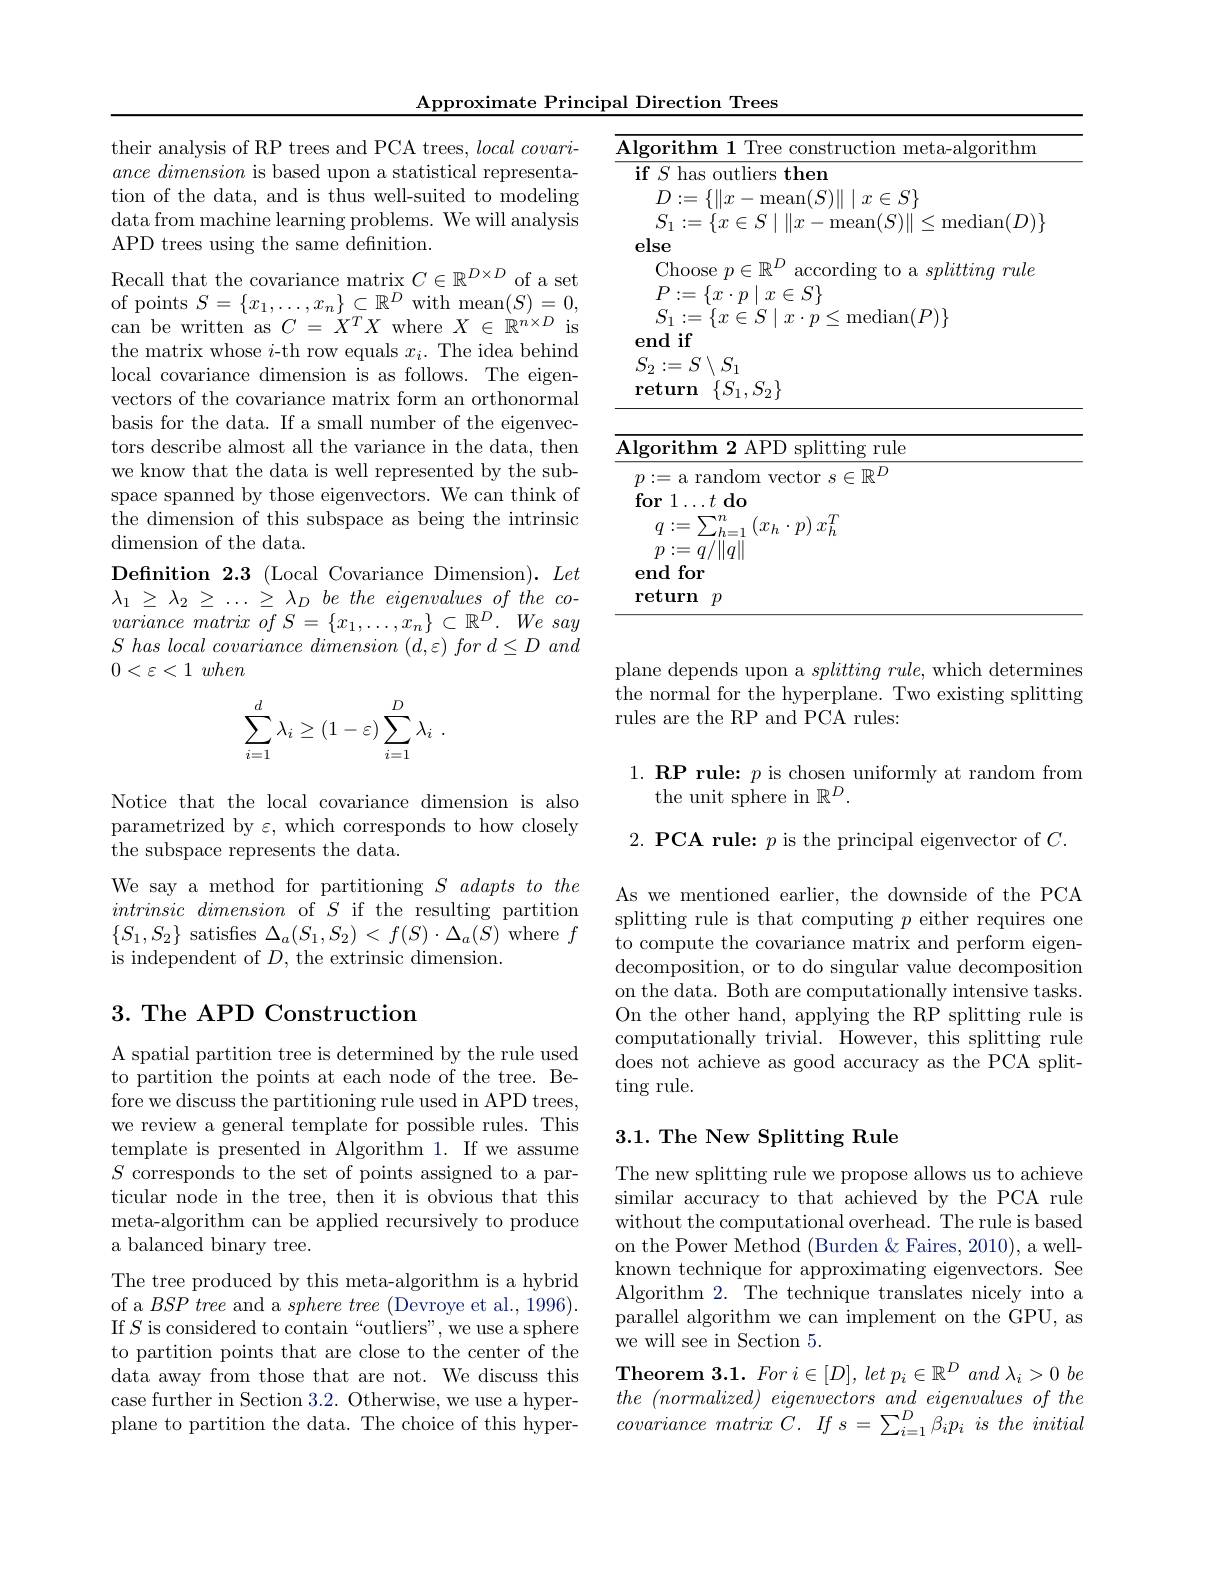
Approximate Principal Direction Trees

their analysis of RP trees and PCA trees, $local\textit{covari- bres and PCA trees, local covari- bres }$ $ance\textit{ dimension is based upon a statistical representa- }$ tion of the data, and is thus well-suited to modeling ${\text{data from machine learning problems. We will analysis}}$ APD trees using the same definition.

Recall that the covariance matrix $C\in\mathbb{R}^D\times D$ of a set of points $S=\{x_1,\ldots,x_n\}\subset\mathbb{R}^D$ with mean$(S)=0$, can be written as $C=\dot{X}^TX$ where $X\in\mathbb{R}^n\times D$ is the matrix whose $i$-th row equals $x_i.$ The idea behind local covariance dimension is as follows. The eigenvectors of the covariance matrix form an orthonormal basis for the data. If a small number of the eigenvectors describe almost all the variance in the data, then we know that the data is well represented by the subspace spanned by those eigenvectors. We can think of the dimension of this subspace as being the intrinsic dimension of the data.
$\textbf{Definition 2. 3 ( Local Covariance Dimension) . }Let$ $\lambda_1\geq\lambda_2\geq\ldots\geq\lambda_Dbetheeigenvaluesoftheco-$ variance matrix $of$ $S$ = $\{ x_{1}, \ldots , x_{n}\}$ $\subset \mathbb{R} ^{D}.$ $We$ say $S\textit{ has local covariance dimension }( d, \varepsilon ) \textit{for d D and}$ $0< \varepsilon < 1$ when
$$\displaystyle\sum_{i=1}^d\lambda_i\ge(1-\varepsilon)\sum_{i=1}^D\lambda_i\:.$$
Notice that the local covariance dimension is also parametrized by $\varepsilon$, which corresponds to how closely the subspace represents the data.
We say a method for partitioning $S\textit{adapts to the}$ $intrinsic\textit{dimension of }S$ if the resulting partition $\{S_{1},S_{2}\}$ satisfies $\Delta_a(S_{1},S_{2})<f(S)\cdot\Delta_{a}(S)$ where $f$ is independent of $D$, the extrinsic dimension.

## 3. The APD Construction

A spatial partition tree is determined by the rule used to partition the points at each node of the tree. Before we discuss the partitioning rule used in APD trees, we review a general template for possible rules. This template is presented in Algorithm 1. If we assume $S$ corresponds to the set of points assigned to a particular node in the tree, then it is obvious that this meta-algorithm can be applied recursively to produce a balanced binary tree.

The tree produced by this meta-algorithm is a hybrid of a $BSP\textit{tree and a }sphere\textit{tree ( Devroye et al. , 1996) . }$ If $S$ is considered to contain“outliers”, we use a sphere to partition points that are close to the center of the data away from those that are not. We discuss this case further in Section 3.2. Otherwise, we use a hyperplane to partition the data. The choice of this hyper-

<table>
	<tbody>
		<tr>
			<td>$\overline{\mathbf{A}}$ $Al$ 1 1 1 1 1</td>
			<td>Algorithm 1 Tree construction r T</td>
			<td>uction meta- algorithm</td>
		</tr>
	</tbody>
</table>

<table>
	<tbody>
		<tr>
			<td>$\mathbf{A}$ 1 </td>
			<td>$\textbf{Algorithm 2 APD splitting rule}$</td>
			<td>APD splitting rule</td>
		</tr>
		<tr>
			<td> </td>
			<td>$p:=$a random vector $s\in\mathbb{R}^D$</td>
			<td>m vector $s\in\mathbb{R}^D$</td>
		</tr>
		<tr>
			<td> </td>
			<td>$p:=q/\|q\|$</td>
			<td> </td>
		</tr>
		<tr>
			<td> </td>
			<td>end for</td>
			<td> </td>
		</tr>
		<tr>
			<td> </td>
			<td>$\mathbf{return}$ $p$</td>
			<td> </td>
		</tr>
	</tbody>
</table>

plane depends upon a $splitting\textit{rule, which determines}$ $\dot{\text{the normal for the hyperplane. Two existing splitting}}$ rules are the RP and PCA rules:

$1. \textbf{RP rule: }p$ is chosen uniformly at random from
the unit sphere in $\mathbb{R}^D.$

$2. \textbf{ PCA rule: }p$ is the principal eigenvector of $C.$

As we mentioned earlier, the downside of the PCA splitting rule is that computing $p$ either requires one to compute the covariance matrix and perform eigendecomposition, or to do singular value decomposition on the data. Both are computationally intensive tasks. On the other hand, applying the RP splitting rule is computationally trivial. However, this splitting rule does not achieve as good accuracy as the PCA split- $\operatorname{ting}$ rule.

### 3.1. The New Splitting Rule

The new splitting rule we propose allows us to achieve similar accuracy to that achieved by the PCA rule without the computational overhead. The rule is based on the Power Method (Burden &Faires, 2010), a wellknown technique for approximating eigenvectors. See Algorithm 2. The technique translates nicely into a parallel algorithm we can implement on the GPU, as we will see in Section 5.
Theorem $3. 1. For$ $i\in [ D] $, let $p_{i}\in \mathbb{R} ^{D}$ and $\lambda _{i}> 0$ $be$ the $( normalized)$ eigenvectors and eigenvalues $of$ the covariance matrix $C.$ $If$ $s$ = $\sum _{i= 1}^{D}\beta _{i}p_{i}$ $is$ the initial